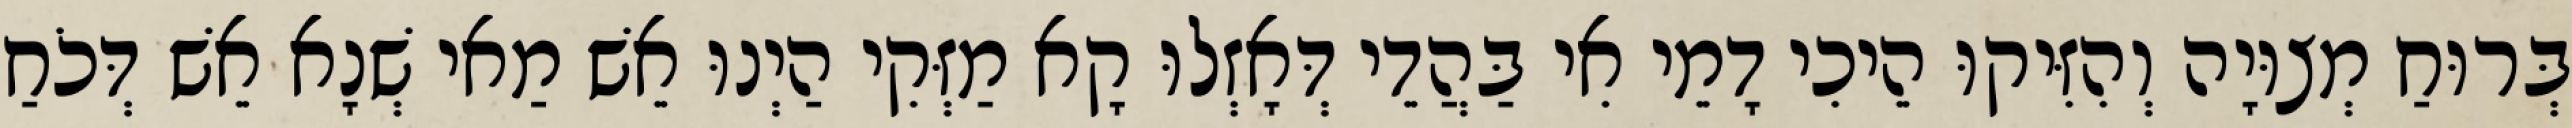
בְּרוּחַ מְצוּיָה וְהִזִּיקוּ הֵיכִי דָמֵי אִי בַּהֲדֵי דְּאָזְלוּ קָא מַזְּקִי הַיְנוּ אֵשׁ מַאי שְׁנָא אֵשׁ דְּכֹחַ